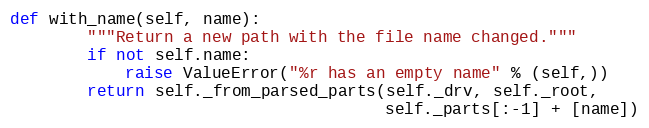
Language: Python
def with_name(self, name):
        """Return a new path with the file name changed."""
        if not self.name:
            raise ValueError("%r has an empty name" % (self,))
        return self._from_parsed_parts(self._drv, self._root,
                                       self._parts[:-1] + [name])